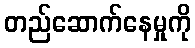
တည်ဆောက်နေမှုကို